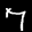
Label: 7